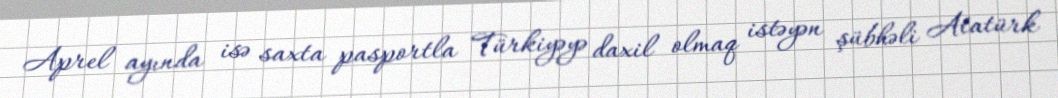
Aprel ayında isə saxta pasportla Türkiyəyə daxil olmaq istəyən şübhəli Atatürk